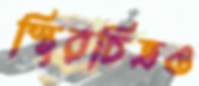
স্থিরচিত্রও